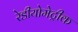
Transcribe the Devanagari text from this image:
रेडीयोमेट्रीक